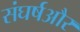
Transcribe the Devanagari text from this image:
संघर्षऔर